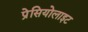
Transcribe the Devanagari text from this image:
प्रेसियोलाइट